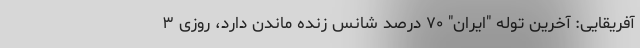
آفریقایی: آخرین توله "ایران" ۷۰ درصد شانس زنده ماندن دارد، روزی ۳